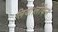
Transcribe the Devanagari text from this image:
लिया।लेकिन